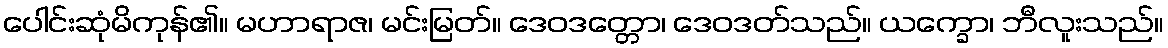
ပေါင်းဆုံမိကုန်၏။ မဟာရာဇ၊ မင်းမြတ်။ ဒေဝဒတ္တော၊ ဒေဝဒတ်သည်။ ယက္ခော၊ ဘီလူးသည်။